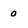
Character: 0